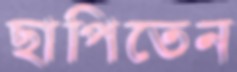
ছাপিতেন